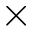
\times